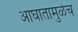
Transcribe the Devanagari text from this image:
आघातामुळेच